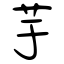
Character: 芋